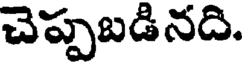
చెప్పబడినది.